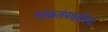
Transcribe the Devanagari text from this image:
लोकतंत्रकामियों